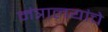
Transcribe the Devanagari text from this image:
मंत्रालयांचे